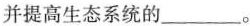
并提高生态系统的___。